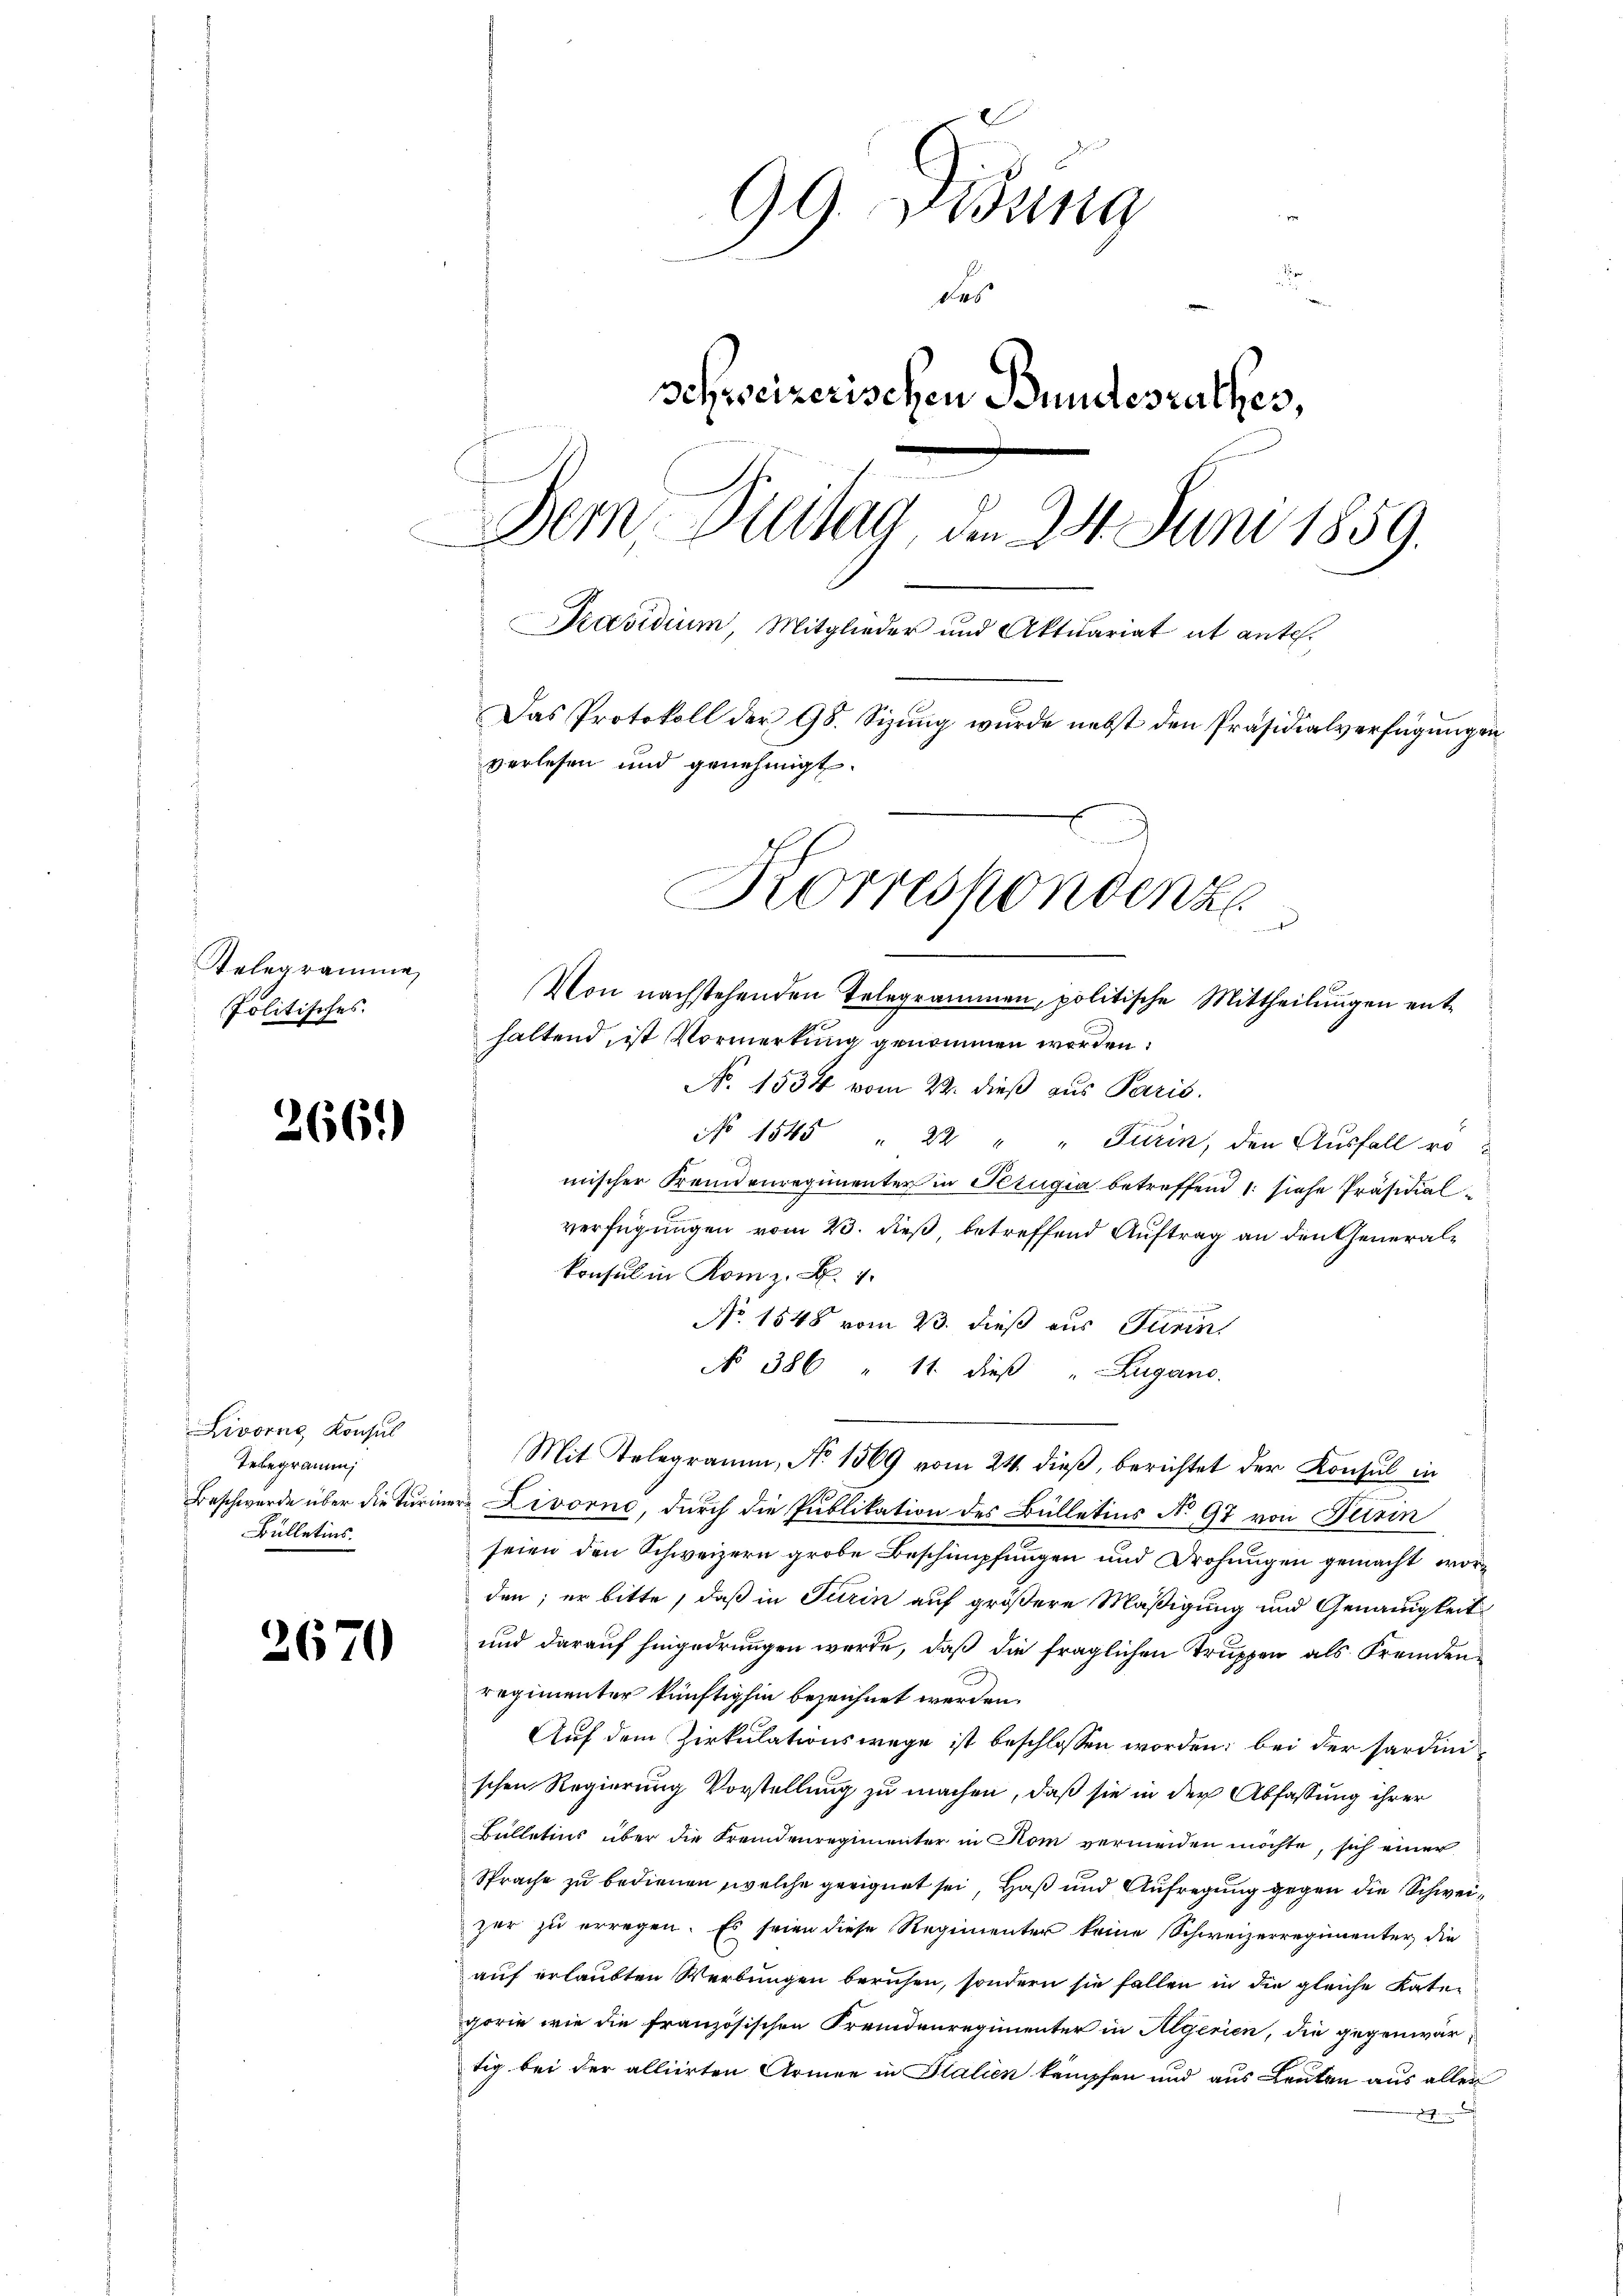
Telegramme
Politisches.

366.)

Livorne, Konsul
Tebegramm,
Bülletins.

2670

99. Wenna
des
schweizerischen Bundesrathes,
Dem Breitag, den 24. Juni 1859.
Präsidium, Mitglieder und Aktuariat it ante.
Das Protokoll der 98. Sizung wurde nebst den Präsidialverfügungen
verlesen und genehmigt.
Korrespondenze
t
Von nachstehenden Telegrammen, politische Mittheilŭngen enthaltend, ist Vormerkung genommen worden.

No. 1534 vom 22. dieß aus Paris.
No 1545 " 22 " " Furin, den Ausfall ro
mischer Fremdenregimenter in Perugia betreffend 1: siehe Präsidialverfügungen vom 23. dieß, betreffend Auftrag an den Generalkonsul in Rom z. B. 4.
No 1548 vom 23. dieß aus Turin
No 386 " 11. dieβ "Zugano.
Mit Telegramm, No 1569 vom 24. dieß, berichtet der Konsul in
Beschwerde über die Türmere Livorne, durch die Publikation des Bülletins No 97 von Turin
seien den Schweizern grobe Beschimpfungen und Drohungen gemacht worden; er bitte, daß in Turin auf größere Mäßigung und Genauigkeit¬
und darauf hingedrungen werde, daß die fraglichen Truppen als Fremden
regimenter künftighin bezeichnet werden.
Auf dem Zirkulationswege ist beschlossen worden; bei der Sardinischen Regierung Vorstellung zu machen, daß sie in der Abfassung ihrer
Bulletins über die Fremdenregimenter in Rom vermeiden möchte, sich einer
Sprache zu bedienen, welche geeignet sei, Haß und Aufregung gegen die Schweizer zu erregen. Es seien diese Regimenter keine Schweizerregimenter die
auf erlaubten Werbungen beruhen, sondern sie fallen in die gleiche Kategorie wie die französischen Fremdenregimenter in Algerien, die gegenwär-
tig bei der alliirten Armee in Italien kämpfen und aus Leuten aus aller